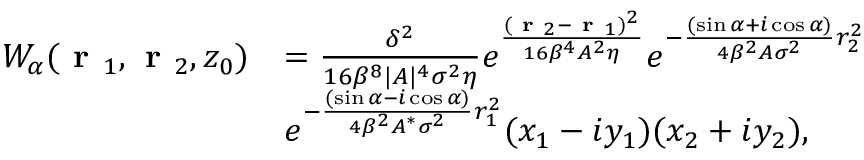
\begin{array} { r l } { W _ { \alpha } ( \textbf { r } _ { 1 } , \textbf { r } _ { 2 } , z _ { 0 } ) } & { = \frac { \delta ^ { 2 } } { 1 6 \beta ^ { 8 } \lvert A \rvert ^ { 4 } \sigma ^ { 2 } \eta } e ^ { \frac { ( \textbf { r } _ { 2 } - \textbf { r } _ { 1 } ) ^ { 2 } } { 1 6 \beta ^ { 4 } A ^ { 2 } \eta } } e ^ { - \frac { ( \sin { \alpha } + i \cos { \alpha } ) } { 4 \beta ^ { 2 } A \sigma ^ { 2 } } r _ { 2 } ^ { 2 } } } \\ & { e ^ { - \frac { ( \sin { \alpha } - i \cos { \alpha } ) } { 4 \beta ^ { 2 } A ^ { * } \sigma ^ { 2 } } r _ { 1 } ^ { 2 } } ( x _ { 1 } - i y _ { 1 } ) ( x _ { 2 } + i y _ { 2 } ) , } \end{array}